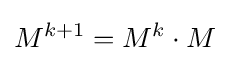
M^{k+1}=M^{k}\cdot M